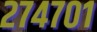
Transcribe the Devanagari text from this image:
२७४७०१